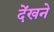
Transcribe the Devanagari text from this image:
देंखने